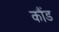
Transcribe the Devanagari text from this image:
कौंड